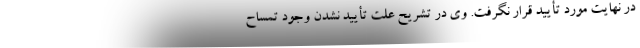
در نهایت مورد تأیید قرار نگرفت. وی در تشریح علت تأیید نشدن وجود تمساح